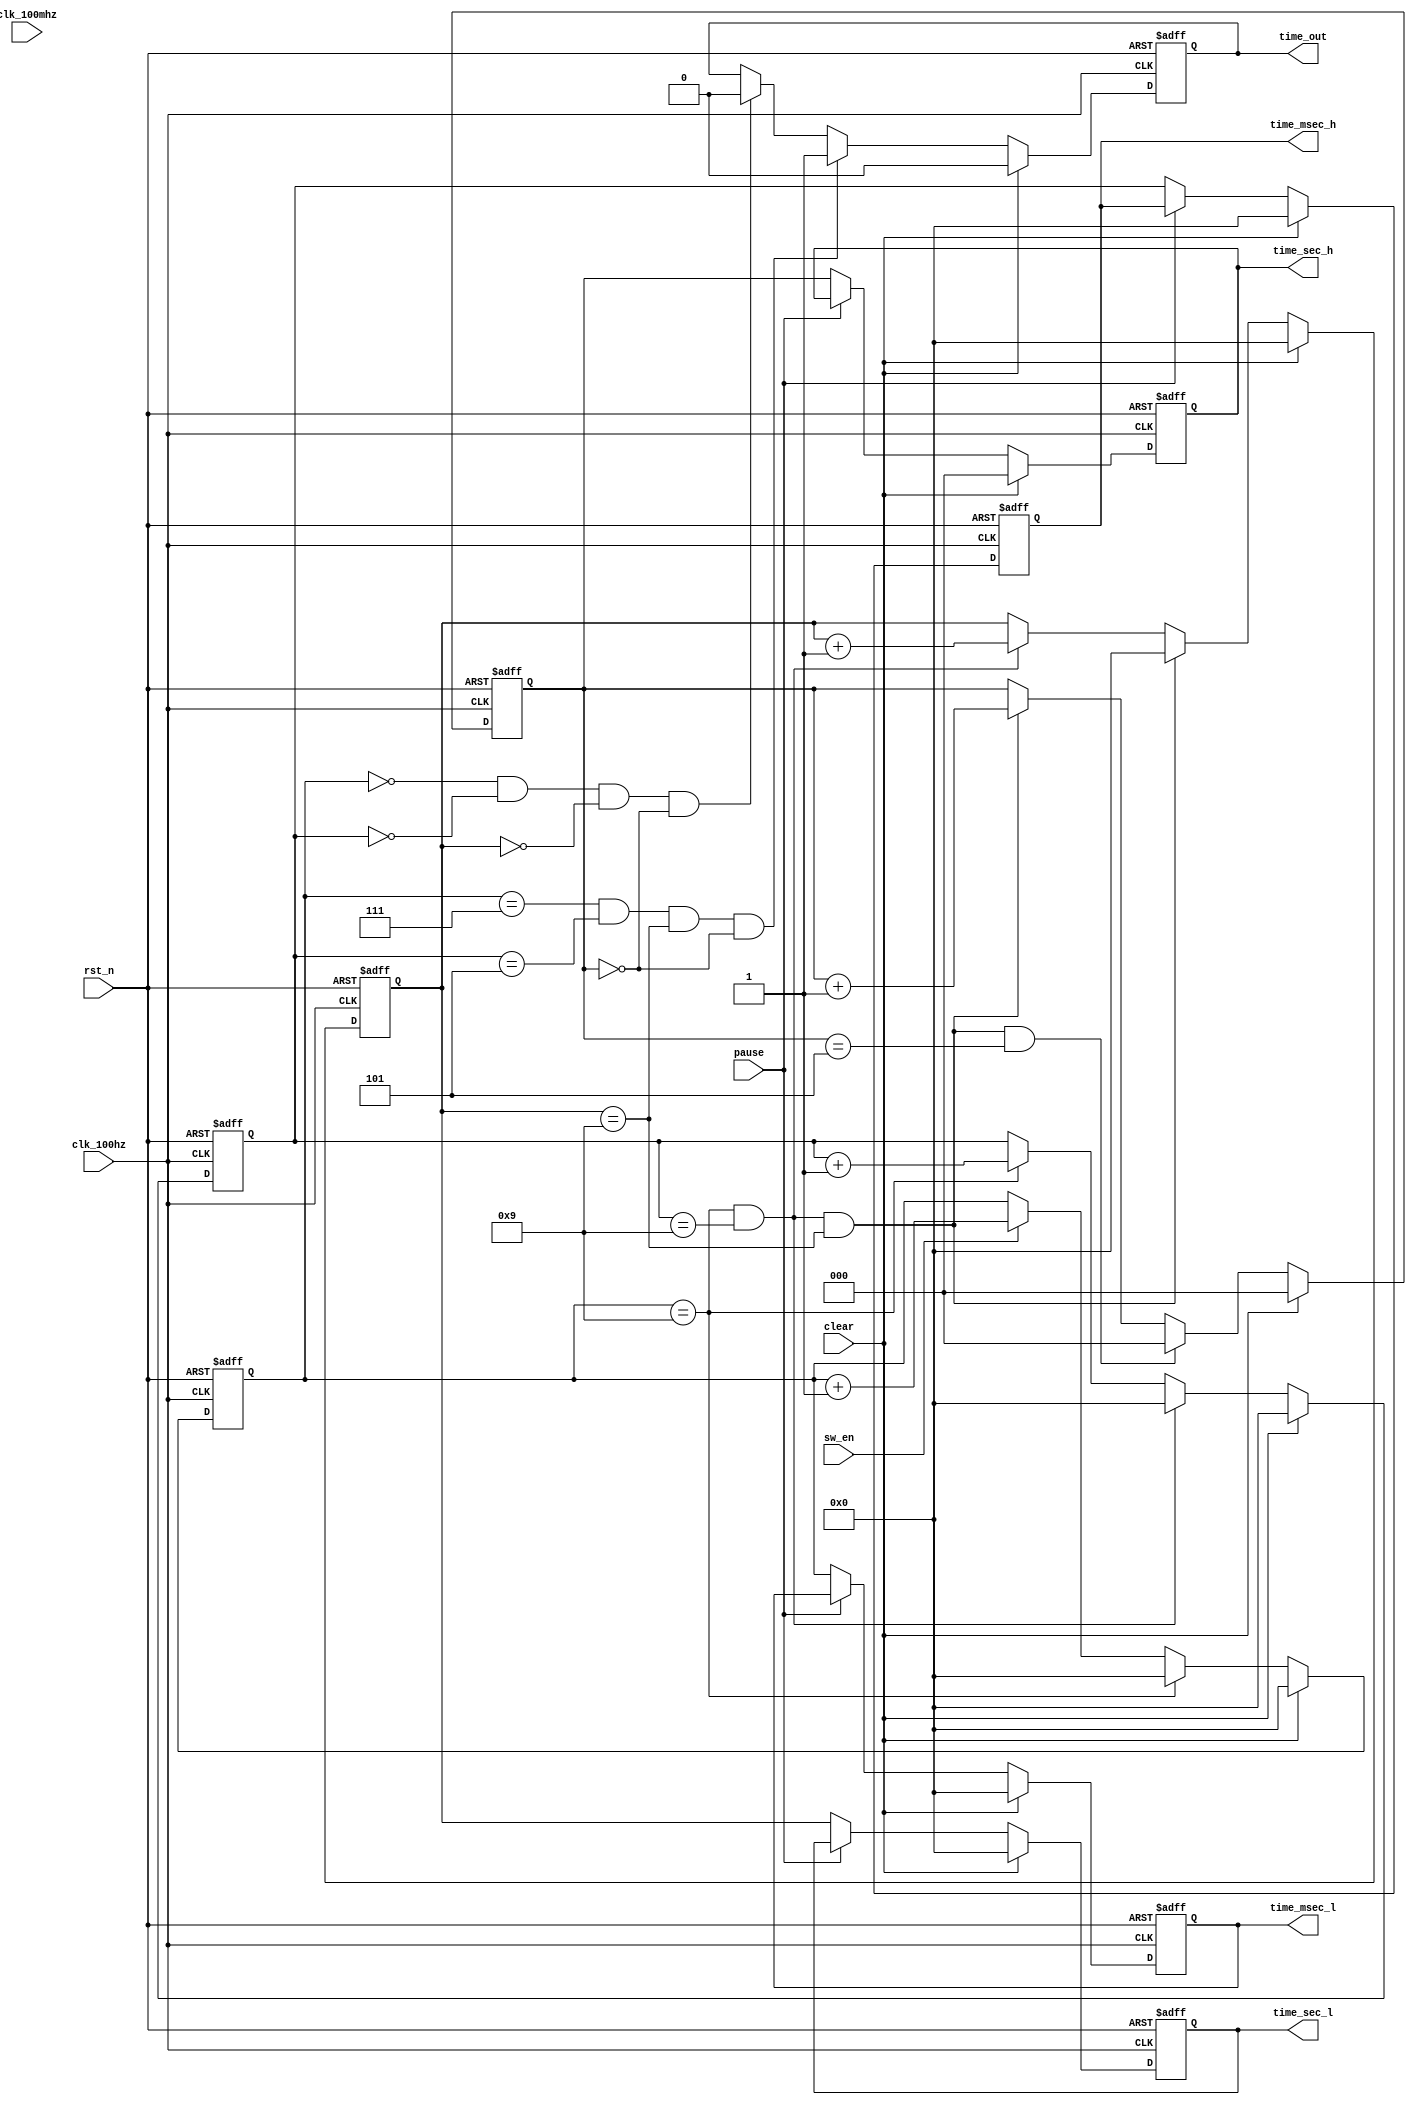
//////////////////////////////////////////////////////////////////////////////////
// Company:        Shanghai Jiao Tong University
// 
// Design Name: 
// Module Name:    control 
// Project Name:   stopwatch
// Target Devices: FPGA
// Tool versions:  0.1
// Description: 
//
// Dependencies: 
//
// Revision: 
// Revision 0.01 - File Created
// Additional Comments: 
//
//////////////////////////////////////////////////////////////////////////////////
module control(clk_100mhz,  // vga_clk
               clk_100hz,
               rst_n, 
               sw_en, // left
               pause, // down
               clear, // up
               time_sec_h, 
               time_sec_l,
               time_msec_h, 
               time_msec_l, 
               time_out
               );
  
  input clk_100mhz, clk_100hz, rst_n;
  input sw_en, pause, clear;
  output[2:0] time_sec_h;
  output[3:0] time_sec_l;
  output[3:0] time_msec_h;
  output[3:0] time_msec_l;
  output time_out;
  
  //reg sw_en_wave, pause_wave, clear_wave;
  //reg clk_100hz_d;
  reg time_out;
  
  reg[2:0] time_sec_h;
  reg[3:0] time_sec_l;
  reg[3:0] time_msec_h;
  reg[3:0] time_msec_l;
  
  reg[2:0] calc_time_sec_h;
  reg[3:0] calc_time_sec_l;
  reg[3:0] calc_time_msec_h;
  reg[3:0] calc_time_msec_l;

/////////////////////////////////////////////////////////////////////////////////////////
//
// Control the calc_time_msec_l.
//
/////////////////////////////////////////////////////////////////////////////////////////    
always @(posedge clk_100hz or negedge rst_n)  
  if(!rst_n)
    calc_time_msec_l <= 4'b0;
  else if(clear)
    calc_time_msec_l <= 4'b0;
  else if(calc_time_msec_l == 4'b1001)
    calc_time_msec_l <= 4'b0;
  else if(sw_en == 1)
    calc_time_msec_l <= calc_time_msec_l + 1;


/////////////////////////////////////////////////////////////////////////////////////////
//
// Control the calc_time_msec_h.
//
/////////////////////////////////////////////////////////////////////////////////////////   
always @(posedge clk_100hz or negedge rst_n)
  if(!rst_n)
      calc_time_msec_h <= 4'b0;
  else if(clear)
    calc_time_msec_h <= 4'b0;
  else 
    begin
      if(calc_time_msec_l == 4'b1001 
       && calc_time_msec_h == 4'b1001
         )
        calc_time_msec_h <= 4'b0; 
      else if(calc_time_msec_l == 4'b1001)
        calc_time_msec_h <= calc_time_msec_h + 1; 
    end
    
/////////////////////////////////////////////////////////////////////////////////////////
//
// Control the calc_time_sec_l.
//
/////////////////////////////////////////////////////////////////////////////////////////    
always @(posedge clk_100hz or negedge rst_n)
  if(!rst_n)
    calc_time_sec_l <= 4'b0;
  else if(clear)
    calc_time_sec_l <= 4'b0;
  else
    begin
      if(calc_time_msec_l == 4'b1001 
      && calc_time_msec_h == 4'b1001 
      && calc_time_sec_l == 4'b1001
         )
        calc_time_sec_l <= 4'b0;  
      else if(calc_time_msec_l == 4'b1001 
       && calc_time_msec_h == 4'b1001
         )
        calc_time_sec_l <= calc_time_sec_l + 1; 
    end
    
/////////////////////////////////////////////////////////////////////////////////////////
//
// Control the calc_time_sec_h.
//
/////////////////////////////////////////////////////////////////////////////////////////    
always @(posedge clk_100hz or negedge rst_n) 
  if(!rst_n)
    calc_time_sec_h <= 3'b0;
  else if(clear)
    calc_time_sec_h <= 4'b0;
  else
    begin
      if(calc_time_msec_l == 4'b1001
       && calc_time_msec_h == 4'b1001
       && calc_time_sec_l == 4'b1001 
       && calc_time_sec_h == 3'b101
         )
        calc_time_sec_h <= 3'b0;
      else if(calc_time_msec_l == 4'b1001 
       && calc_time_msec_h == 4'b1001 
       && calc_time_sec_l == 4'b1001
         )
         calc_time_sec_h <= calc_time_sec_h + 1; 
    end
    
/////////////////////////////////////////////////////////////////////////////////////////
//
// Control the time_out.
//
/////////////////////////////////////////////////////////////////////////////////////////    
always @(posedge clk_100hz or negedge rst_n) 
  if(!rst_n)
    time_out <= 0;
  else if(clear)
    time_out <= 4'b0;
  else if(calc_time_msec_l == 4'b0111
        && calc_time_msec_h == 4'b0101
        && calc_time_sec_l == 4'b1001
        && calc_time_sec_h == 3'b000  // Preset time
          )
    time_out <= 1;
  else if(calc_time_msec_l == 4'b0
        && calc_time_msec_h == 4'b0
        && calc_time_sec_l == 4'b0 
        && calc_time_sec_h == 3'b0
          )
    time_out <= 0;

/////////////////////////////////////////////////////////////////////////////////////////
//
// Control the time_msec_l.
//
/////////////////////////////////////////////////////////////////////////////////////////
always @(posedge clk_100hz or negedge rst_n)
  if(!rst_n)
    time_msec_l <= 0;
  else if(clear)
    time_msec_l <= 0;
  else if(!pause)
    time_msec_l <= calc_time_msec_l;
    
/////////////////////////////////////////////////////////////////////////////////////////
//
// Control the time_msec_h.
//
/////////////////////////////////////////////////////////////////////////////////////////
always @(posedge clk_100hz or negedge rst_n)
  if(!rst_n)
    time_msec_h <= 0;
  else if(clear)
    time_msec_h <= 0;
  else if(!pause)
    time_msec_h <= calc_time_msec_h;
    
/////////////////////////////////////////////////////////////////////////////////////////
//
// Control the time_sec_l.
//
/////////////////////////////////////////////////////////////////////////////////////////
always @(posedge clk_100hz or negedge rst_n)
  if(!rst_n)
    time_sec_l <= 0;
  else if(clear)
    time_sec_l <= 0;
  else if(!pause)
    time_sec_l <= calc_time_sec_l;
    
/////////////////////////////////////////////////////////////////////////////////////////
//
// Control the time_sec_h.
//
/////////////////////////////////////////////////////////////////////////////////////////
always @(posedge clk_100hz or negedge rst_n)
  if(!rst_n)
    time_sec_h <= 0;
  else if(clear)
    time_sec_h <= 0;
  else if(!pause)
    time_sec_h <= calc_time_sec_h;
    
/////////////////////////////////////////////////////////////////////////////////////////
//
// Extract the signal of clk_100hz_d. (clock delay)
//
///////////////////////////////////////////////////////////////////////////////////////// 
//always @(posedge clk_100hz or negedge rst_n)
//if(!rst_n)
     //clk_100hz_d <= 0;
//else
    //clk_100hz_d <= clk_100hz;

/////////////////////////////////////////////////////////////////////////////////////////
//
// Extract the signal of pause.
//
///////////////////////////////////////////////////////////////////////////////////////// 
//always @(posedge clk_100hz or negedge rst_n)
  //if(!rst_n)
    //pause_wave <= 0;
  //else if(clear_wave)
    //pause_wave <= 0;
  //else if(pause & clk_100hz & (!clk_100hz_d))
    //pause_wave <= ~pause_wave;

/////////////////////////////////////////////////////////////////////////////////////////
//
// Extract the signal of clear.
//
///////////////////////////////////////////////////////////////////////////////////////// 
//always @(posedge clk_100hz or negedge rst_n)
  //if(!rst_n)
    //clear_wave <= 0;
  //else if(clear & clk_100hz & (!clk_100hz_d))
    //clear_wave <= ~clear_wave;

    
/////////////////////////////////////////////////////////////////////////////////////////
//
// Extract the signal of sw_en.
//
/////////////////////////////////////////////////////////////////////////////////////////    
//always @(posedge clk_100hz or negedge rst_n)
  //if(!rst_n)
    //sw_en_wave <= 0;
  //else if(clear_wave)
    //sw_en_wave <= 0;
  //else if(sw_en & clk_100hz & (!clk_100hz_d))
    //sw_en_wave <= ~sw_en_wave;

endmodule